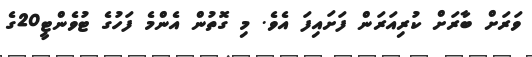
ވަރަށް ބާރަށް ކުރިއަރަން ފަށައިފަ އެވެ. މި ގޮތުން އެންމެ ފަހުގެ ޓުވެންޓީ20ގެ